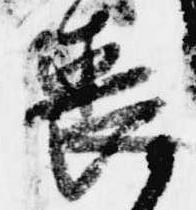
喪